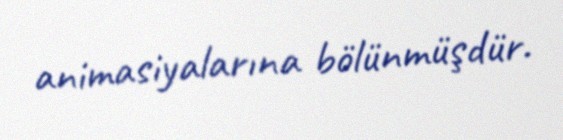
animasiyalarına bölünmüşdür.